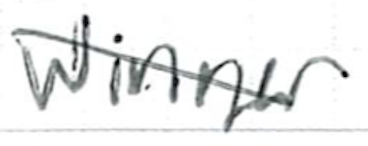
Text: winner
Cross-out: diagonal
Writing tool: ballpoint